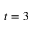
t = 3